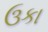
ઉકા